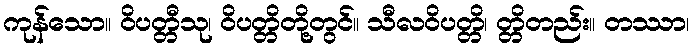
ကုန်သော။ ဝိပတ္တီသု၊ ဝိပတ္တိတို့တွင်။ သီလဝိပတ္တိ၊ တ္တိတည်း။ တဿာ၊